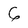
Character: 6